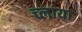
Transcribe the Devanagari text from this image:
च्लाया